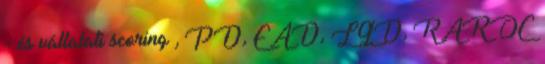
- és vállalati scoring , PD, EAD, LGD, RAROC